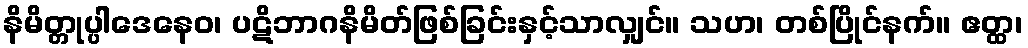
နိမိတ္တုပ္ပါဒေနေဝ၊ ပဋိဘာဂနိမိတ်ဖြစ်ခြင်းနှင့်သာလျှင်။ သဟ၊ တစ်ပြိုင်နက်။ ဧတ္ထ၊